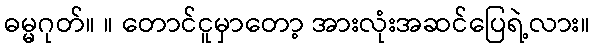
ဓမ္မဂုတ်။ ။ တောင်ငူမှာတော့ အားလုံးအဆင်ပြေရဲ့လား။